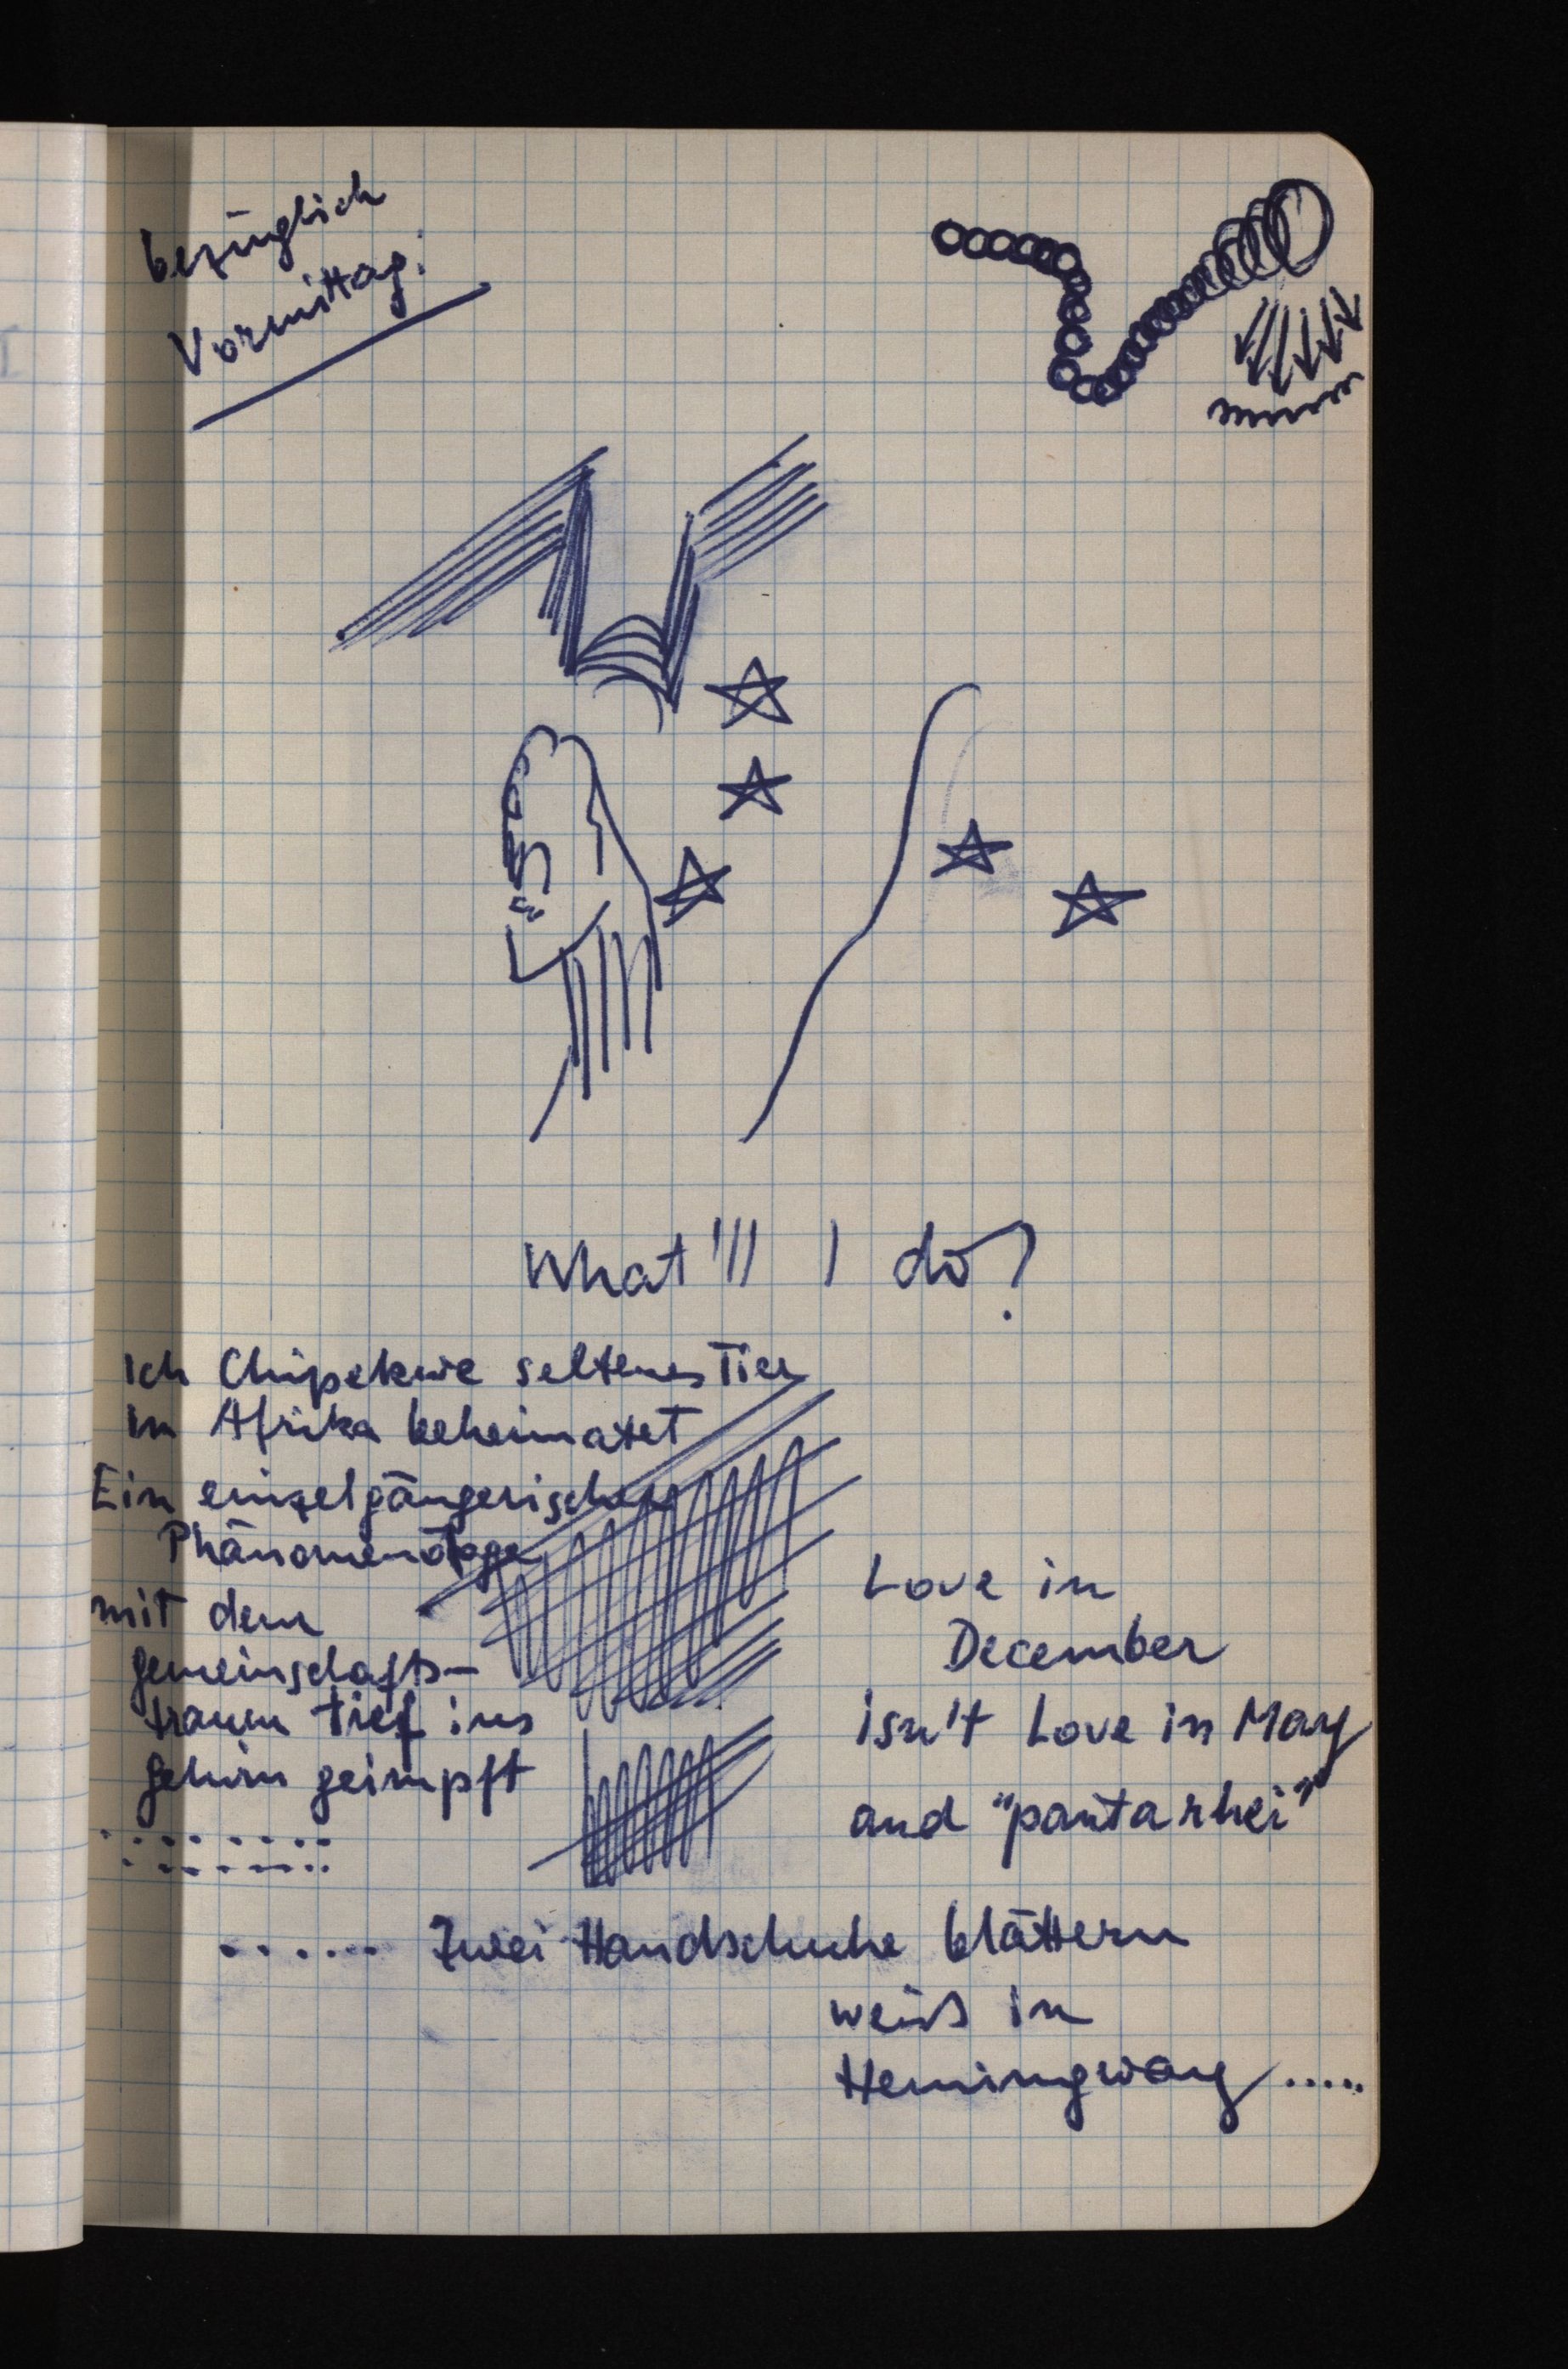
bezüglich
Vormittag:
What'll I do?
Ich Chipekwe seltenes Tier
In Afrika beheimatet
Ein einzelgängerischer
Phänomenologe
mit dem
gemeinschafts¬
traum tief ins
Gehirn geimpft
........
........
Love in
December
isn't Love in May
and "pantarhei"
...... Zwei Handschuhe blättern
weiß in
Hemingway .....